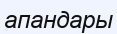
апандары